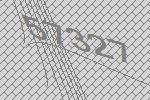
57327